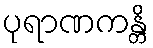
ပုရာဏကန္တိ